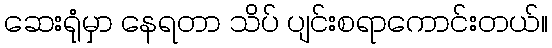
ဆေးရုံမှာ နေရတာ သိပ် ပျင်းစရာကောင်းတယ်။